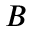
B